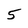
Character: 5